Civil Veterinary Department Bihar reports 1940-50 - 1940-1950
Year: 1940
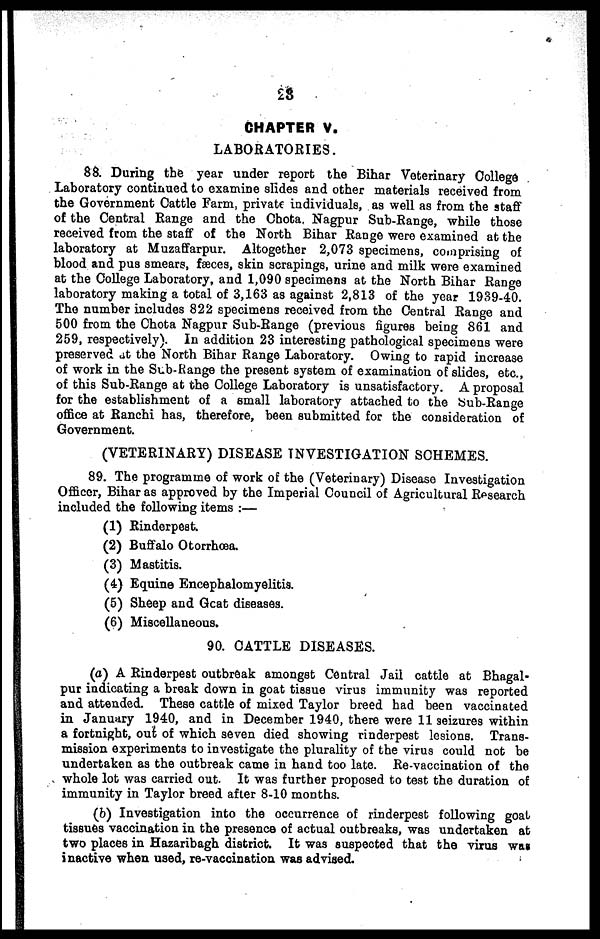
23
CHAPTER V.
LABORATORIES.
88. During the year under report the Bihar Veterinary College
Laboratory continued to examine slides and other materials received from
the Government Cattle Farm, private individuals, as well as from the staff
of the Central Range and the Chota. Nagpur Sub-Range, while those
received from the staff of the North Bihar Range were examined at the
laboratory at Muzaffarpur. Altogether 2,073 specimens, comprising of
blood and pus smears, fæces, skin scrapings, urine and milk were examined
at the College Laboratory, and 1,090 specimens at the North Bihar Range
laboratory making a total of 3,163 as against 2,813 of the year 1939-40.
The number includes 822 specimens received from the Central Range and
500 from the Chota Nagpur Sub-Range (previous figures being 861 and
259, respectively). In addition 23 interesting pathological specimens were
preserved at the North Bihar Range Laboratory. Owing to rapid increase
of work in the Sub-Range the present system of examination of slides, etc.,
of this Sub-Range at the College Laboratory is unsatisfactory. A proposal
for the establishment of a small laboratory attached to the bub-Range
office at Ranchi has, therefore, been submitted for the consideration of
Government.
(VETERINARY) DISEASE INVESTIGATION SCHEMES.
89. The programme of work of the (Veterinary) Disease Investigation
Officer, Bihar as approved by the Imperial Council of Agricultural Research
included the following items :—
(1) Rinderpest.
(2) Buffalo Otorrhœa.
(3) Mastitis.
(4) Equine Encephalomyelitis.
(5) Sheep and Goat diseases.
(6) Miscellaneous.
90. CATTLE DISEASES.
(a) A Rinderpest outbreak amongst Central Jail cattle at Bhagal-
pur indicating a break down in goat tissue virus immunity was reported
and attended. These cattle of mixed Taylor breed had been vaccinated
in January 1940, and in December 1940, there were 11 seizures within
a fortnight, out of which seven died showing rinderpest lesions. Trans-
mission experiments to investigate the plurality of the virus could not be
undertaken as the outbreak came in hand too late. Re-vaccination of the
whole lot was carried out. It was further proposed to test the duration of
immunity in Taylor breed after 8-10 months.
(b) Investigation into the occurrence of rinderpest following goat
tissues vaccination in the presence of actual outbreaks, was undertaken at
two places in Hazaribagh district It was suspected that the virus was
inactive when used, re-vaccination was advised.